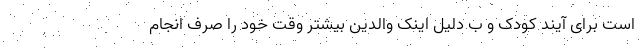
است برای آیند کودک و ب دلیل اینک والدین بیشتر وقت خود را صرف انجام